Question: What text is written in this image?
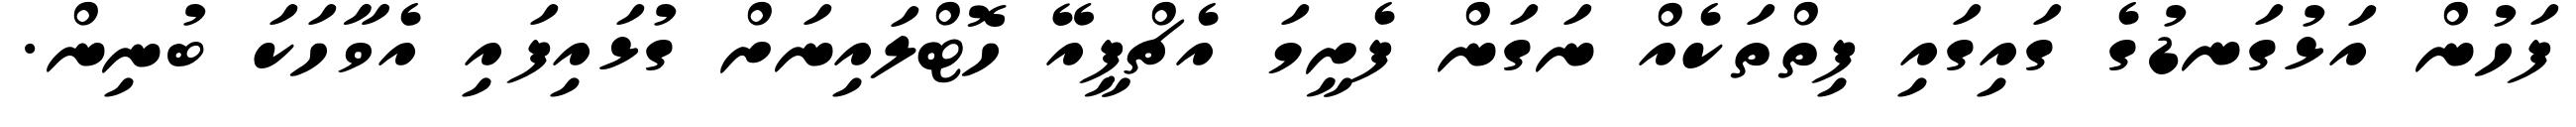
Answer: ފަހުން އަޅުގަނޑުގެ ގައިގައި ފިތްތަކެއް ނަގަން ފެށީމަ އެޗްޕީއޭ ހޮޓްލައިނަށް ގުޅައިފައި އެވާހަކަ ބުނިން.